Indian Medical Review
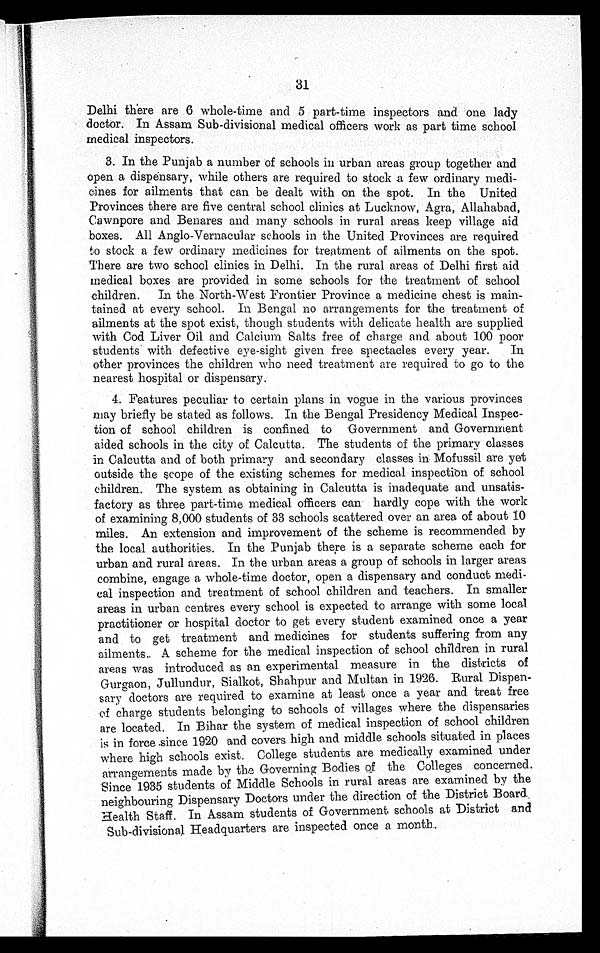
31
Delhi there are 6 whole-time and 5 part-time inspectors and one lady
doctor. In Assam Sub-divisional medical officers work as part time school
medical inspectors.
3. In the Punjab a number of schools in urban areas group together and
open a dispensary, while others are required to stock a few ordinary medi-
cines for ailments that can be dealt with on the spot. In the United
Provinces there are five central school clinics at Lucknow, Agra, Allahabad,
Cawnpore and Benares and many schools in rural areas keep village aid
boxes. All Anglo-Vernacular schools in the United Provinces are required
to stock a few ordinary medicines for treatment of ailments on the spot.
There are two school clinics in Delhi. In the rural areas of Delhi first aid
medical boxes are provided in some schools for the treatment of school
children. In the North-West Frontier Province a medicine chest is main-
tained at every school. In Bengal no arrangements for the treatment of
ailments at the spot exist, though students with delicate health are supplied
with Cod Liver Oil and Calcium Salts free of charge and about 100 poor
students with defective eye-sight given free spectacles every year. In
other provinces the children who need treatment are required to go to the
nearest hospital or dispensary.
4. Features peculiar to certain plans in vogue in the various provinces
may briefly be stated as follows. In the Bengal Presidency Medical Inspec-
tion of school children is confined to Government and Government
aided schools in the city of Calcutta. The students of the primary classes
in Calcutta and of both primary and secondary classes in Mofussil are yet
outside the scope of the existing schemes for medical inspection of school
children. The system as obtaining in Calcutta is inadequate and unsatis-
factory as three part-time medical officers can hardly cope with the work
of examining 8,000 students of 33 schools scattered over an area of about 10
miles. An extension and improvement of the scheme is recommended by
the local authorities. In the Punjab there is a separate scheme each for
urban and rural areas. In the urban areas a group of schools in larger areas
combine, engage a whole-time doctor, open a dispensary and conduct medi-
cal inspection and treatment of school children and teachers. In smaller
areas in urban centres every school is expected to arrange with some local
practitioner or hospital doctor to get every student examined once a year
and to get treatment and medicines for students suffering from any
ailments. A scheme for the medical inspection of school children in rural
areas was introduced as an experimental measure in the districts of
Gurgaon, Jullundur, Sialkot, Shahpur and Multan in 1926. Rural Dispen-
sary doctors are required to examine at least once a year and treat free
of charge students belonging to schools of villages where the dispensaries
are located. In Bihar the system of medical inspection of school children
is in force since 1920 and covers high and middle schools situated in places
where high schools exist. College students are medically examined under
arrangements made by the Governing Bodies of the Colleges concerned.
Since 1935 students of Middle Schools in rural areas are examined by the
neighbouring Dispensary Doctors under the direction of the District Board.
Health Staff. In Assam students of Government schools at District and
Sub-divisional Headquarters are inspected once a month.